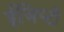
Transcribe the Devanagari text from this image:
ईजिप्टी